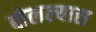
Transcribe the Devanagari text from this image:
बोलल्यास